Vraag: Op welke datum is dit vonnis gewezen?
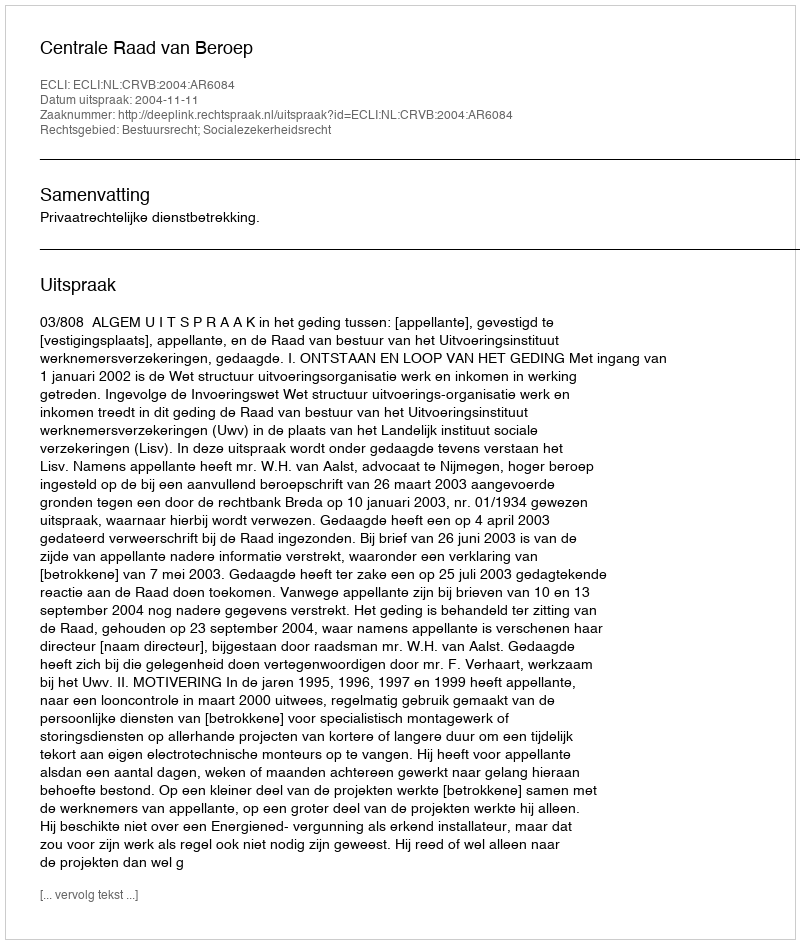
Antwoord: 2004-11-11